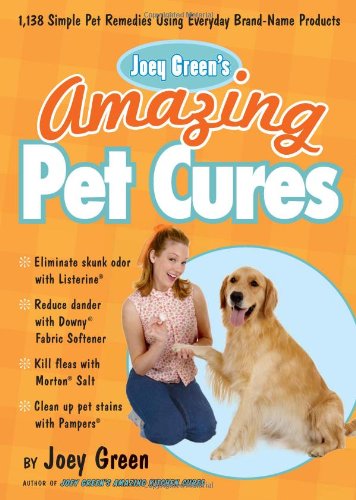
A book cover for Joey Green's Amazing Pet Cures: 1,138 Simple Pet Remedies Using Everyday Brand-Name Products; Joey Green; Crafts, Hobbies & Home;